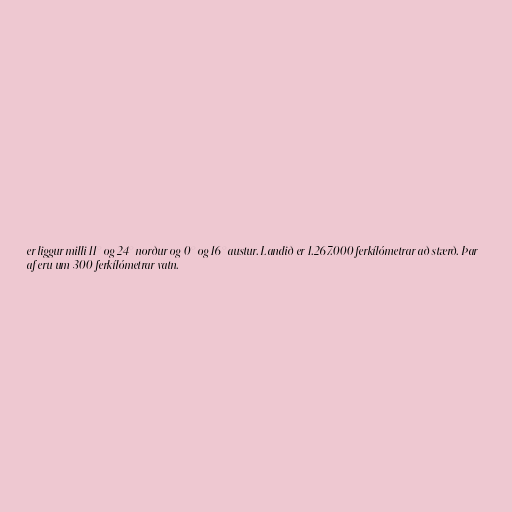
er liggur milli 11° og 24° norður og 0° og 16° austur. Landið er 1.267.000 ferkílómetrar að stærð. Þar
af eru um 300 ferkílómetrar vatn.